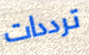
ترددات